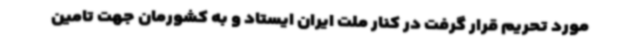
مورد تحریم قرار گرفت در کنار ملت ایران ایستاد و به کشورمان جهت تامین